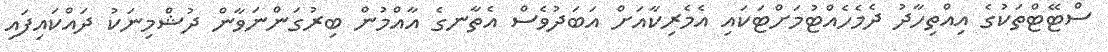
ސްޓޭޓްތަކުގެ އިއްތިހާދު ދެމެހެއްޓުމަށްޓަކައި އެމެރިކާއަށް އަބަދުވެސް އެތާނގެ އާއްމުން ބިރުގަންނަވާން ދުޝްމިނަކު ދައްކައިފައި